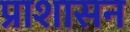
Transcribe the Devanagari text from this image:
प्राशासन